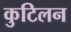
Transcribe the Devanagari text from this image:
कुटिलन